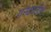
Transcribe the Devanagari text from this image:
गन्धवतीर्थ